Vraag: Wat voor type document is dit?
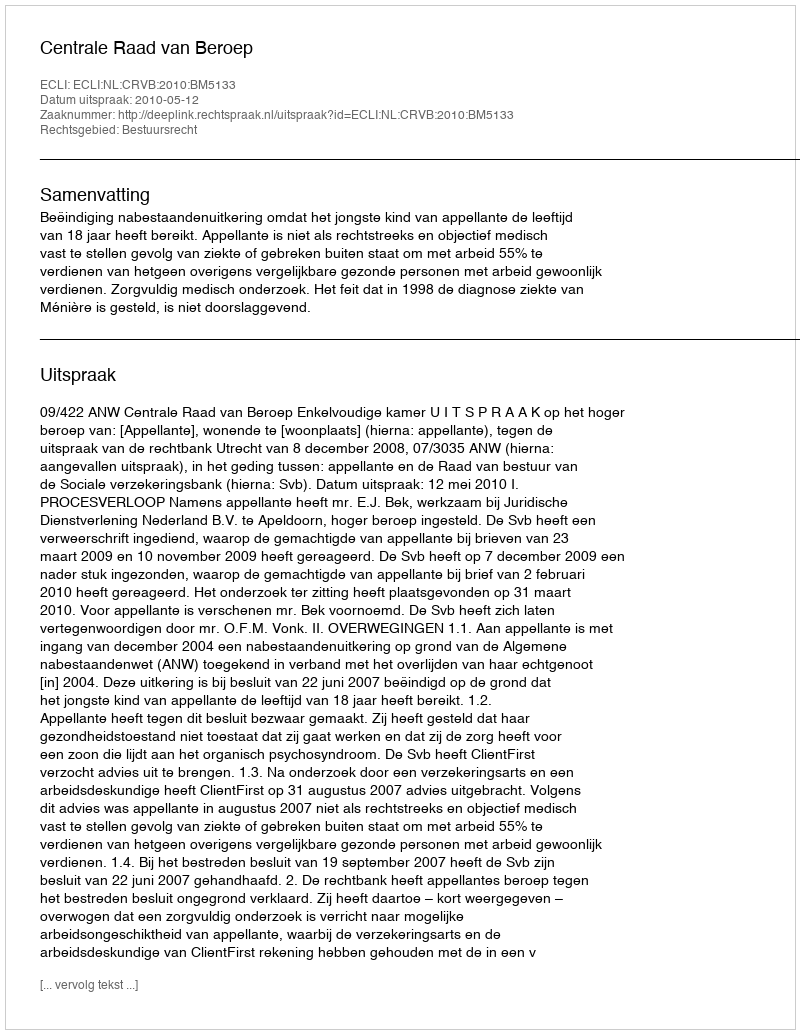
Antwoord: Uitspraak